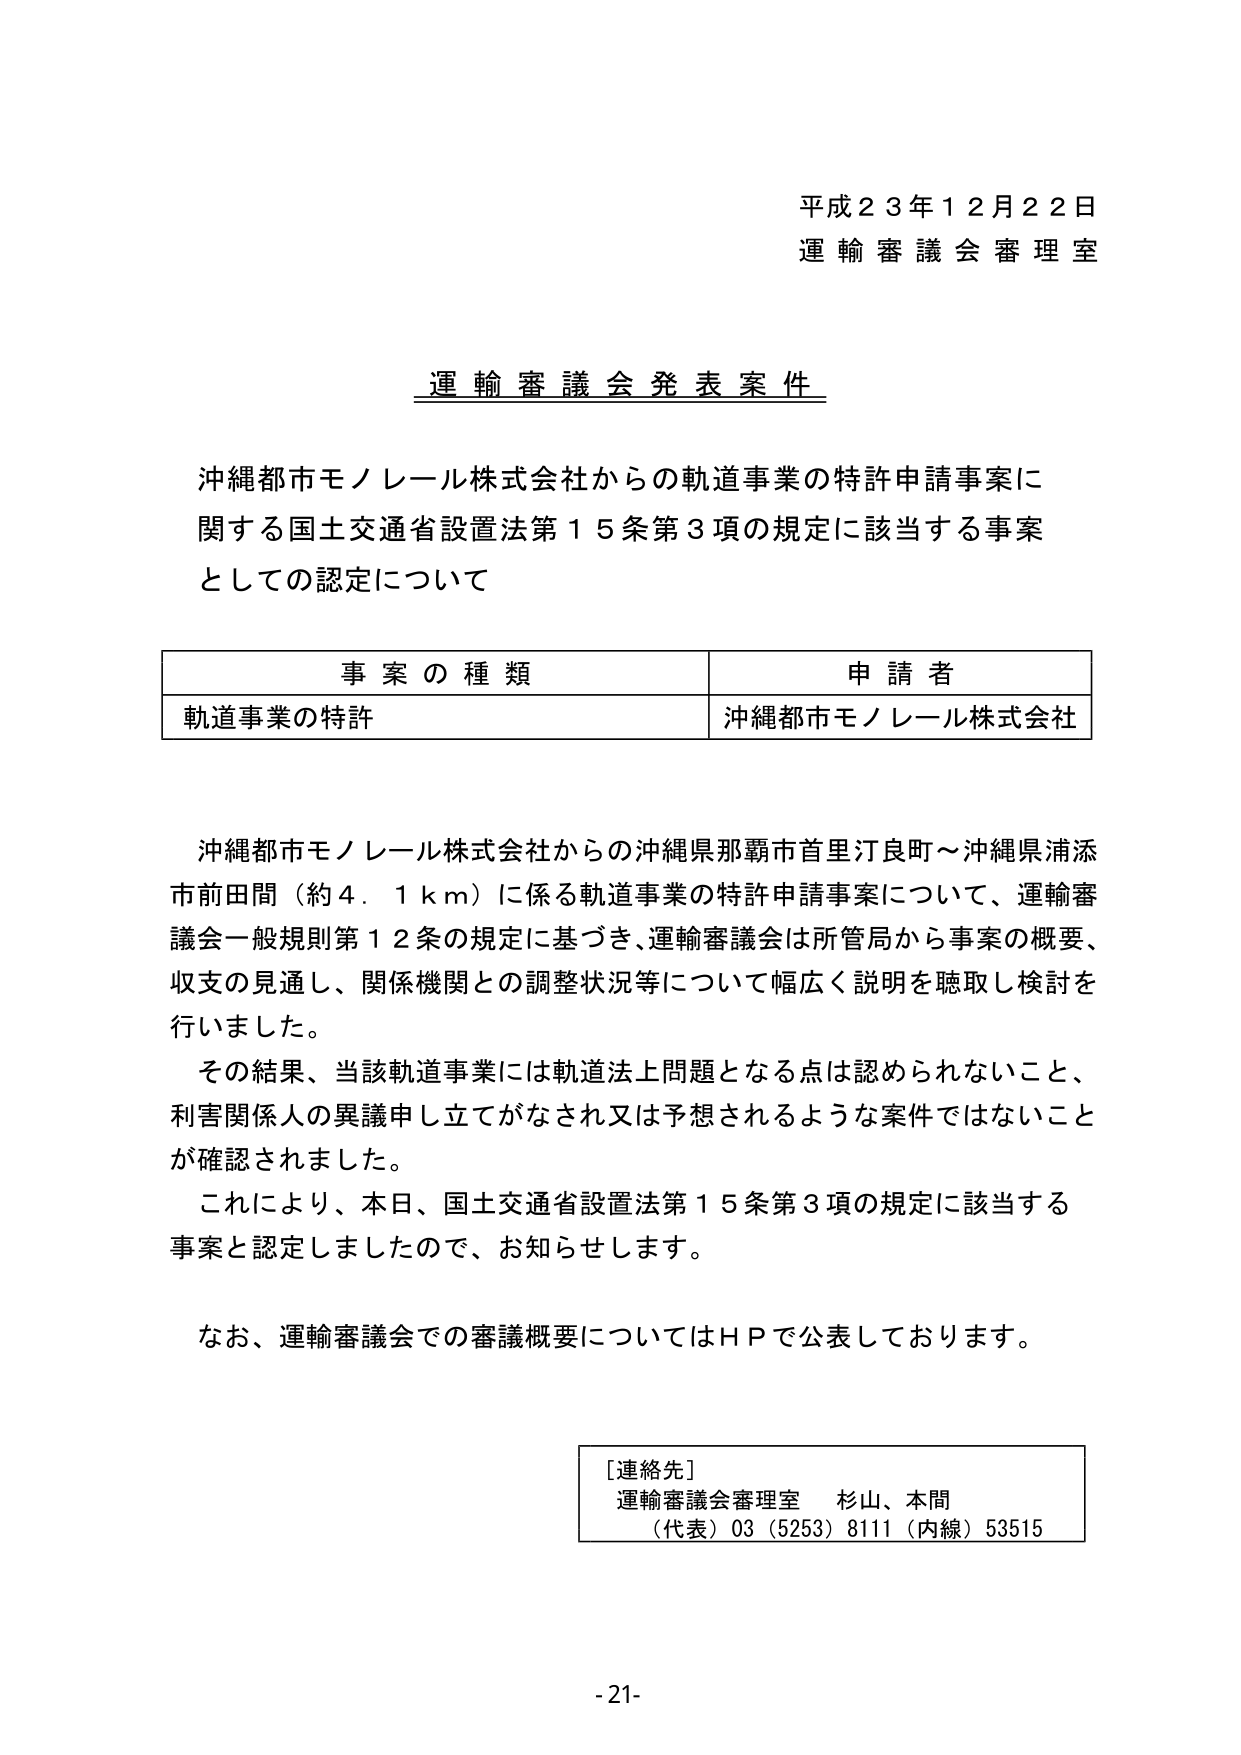
平成２３年１２月２２日
運輸審議会審理室

運輸審議会発表案件

沖縄都市モノレール株式会社からの軌道事業の特許申請事案に関する国土交通省設置法第１５条第３項の規定に該当する事案としての認定について

| 事案の種類 | 申請者 |
|------------|--------|
| 軌道事業の特許 | 沖縄都市モノレール株式会社 |

沖縄都市モノレール株式会社からの沖縄県那覇市首里汀良町～沖縄県浦添市前田間（約４．１ｋｍ）に係る軌道事業の特許申請事案について、運輸審議会一般規則第１２条の規定に基づき、運輸審議会は所管局から事案の概要、収支の見通し、関係機関との調整状況等について幅広く説明を聴取し検討を行いました。
その結果、当該軌道事業には軌道法上問題となる点は認められないこと、利害関係人の異議申し立てがなされ又は予想されるような案件ではないことが確認されました。
これにより、本日、国土交通省設置法第１５条第３項の規定に該当する事案と認定しましたので、お知らせします。

なお、運輸審議会での審議概要についてはＨＰで公表しております。

［連絡先］
運輸審議会審理室　杉山、本間
（代表）03（5253）8111（内線）53515

-21-